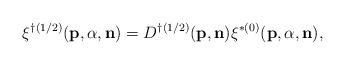
LaTeX: \begin{align*}\xi^{\dag(1/2)}({\bf p},{\alpha},{\bf n})=D^{\dag(1/2)}({\bf p},{\bf n})\xi^{\ast(0)}({\bf p},{\alpha},{\bf n}),\end{align*}